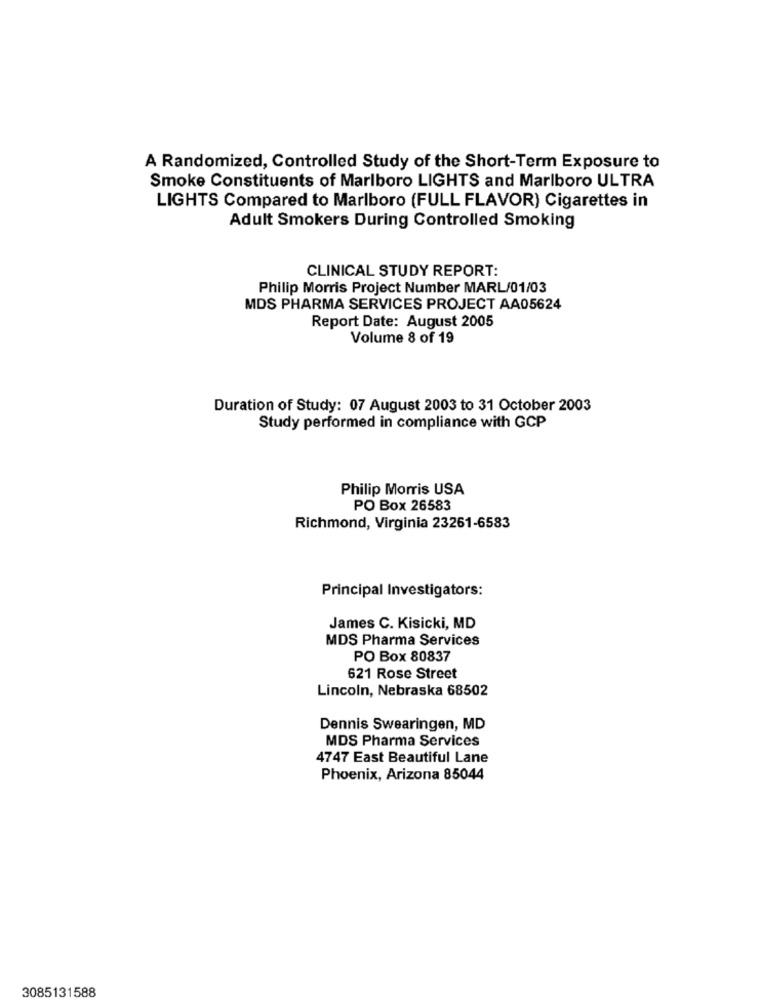
A Randomized, Controlled Study of the Short-Term Exposure to
Smoke Constituents of Marlboro LIGHTS and Marlboro ULTRA
LIGHTS Compared to Marlboro (FULL FLAVOR) Cigarettes in
Adult Smokers During Controlled Smoking
CLINICAL STUDY REPORT:
Philip Morris Project Number MARL/01/03
MDS PHARMA SERVICES PROJECT AA05624
Report Date: August 2005
Volume 8 of 19
Duration of Study: 07 August 2003 to 31 October 2003
Study performed in compliance with GCP
Philip Morris USA
PO Box 26583
Richmond, Virginia 23261-6583
Principal Investigators:
James C. Kisicki, MD
MDS Pharma Services
PO Box 80837
621 Rose Street
Lincoln, Nebraska 68502
Dennis Swearingen, MD
MDS Pharma Services
4747 East Beautiful Lane
Phoenix, Arizona 85044
3085131588